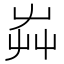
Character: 芔